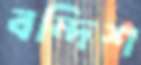
বন্দিশ